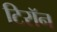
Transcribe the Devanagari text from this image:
टिरॉन